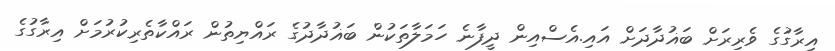
އިރާގުގެ ވެރިރަށް ބަޣުދާދަށް އައި.އެސްއިން ދީފާނެ ހަމަލާތަކުން ބަޣުދާދުގެ ރައްޔިތުން ރައްކާތެރިކުރުމަށް އިރާގުގެ